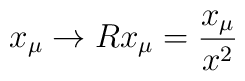
x_\mu \to R x_\mu = \frac{x_\mu}{x^2}